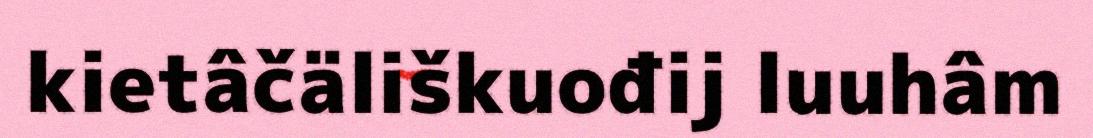
kietâčäliškuođij luuhâm